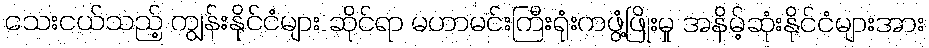
သေးငယ်သည့် ကျွန်းနိုင်ငံများ ဆိုင်ရာ မဟာမင်းကြီးရုံးကဖွံ့ဖြိုးမှု အနိမ့်ဆုံးနိုင်ငံများအား